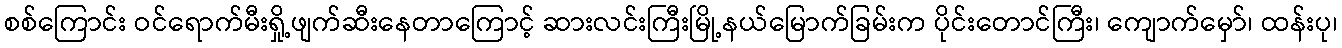
စစ်ကြောင်း ဝင်ရောက်မီးရှို့ဖျက်ဆီးနေတာကြောင့် ဆားလင်းကြီးမြို့နယ်မြောက်ခြမ်းက ပိုင်းတောင်ကြီး၊ ကျောက်မှော်၊ ထန်းပု၊